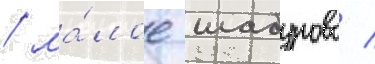
/ ма́лое шабурово /